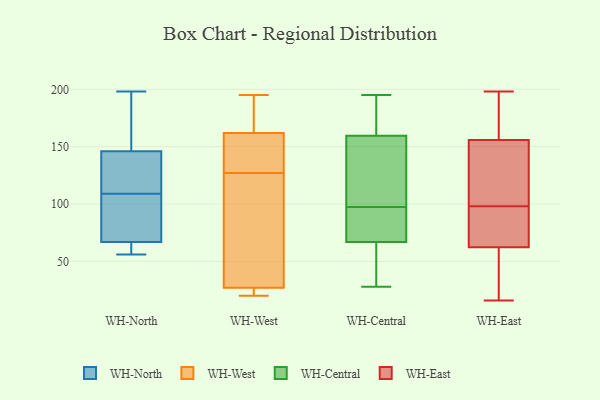
{"axis": {"x": "Latency (ms)", "y": "Value"}, "legend": ["WH-Central", "WH-East", "WH-North", "WH-West"], "data": [{"x": "", "y": 142, "type": "WH-North"}, {"x": "", "y": 167, "type": "WH-North"}, {"x": "", "y": 198, "type": "WH-North"}, {"x": "", "y": 156, "type": "WH-North"}, {"x": "", "y": 110, "type": "WH-North"}, {"x": "", "y": 139, "type": "WH-North"}, {"x": "", "y": 64, "type": "WH-North"}, {"x": "", "y": 73, "type": "WH-North"}, {"x": "", "y": 108, "type": "WH-North"}, {"x": "", "y": 57, "type": "WH-North"}, {"x": "", "y": 66, "type": "WH-North"}, {"x": "", "y": 56, "type": "WH-North"}, {"x": "", "y": 192, "type": "WH-North"}, {"x": "", "y": 146, "type": "WH-North"}, {"x": "", "y": 67, "type": "WH-North"}, {"x": "", "y": 117, "type": "WH-North"}, {"x": "", "y": 70, "type": "WH-North"}, {"x": "", "y": 87, "type": "WH-North"}, {"x": "", "y": 133, "type": "WH-West"}, {"x": "", "y": 21, "type": "WH-West"}, {"x": "", "y": 162, "type": "WH-West"}, {"x": "", "y": 189, "type": "WH-West"}, {"x": "", "y": 195, "type": "WH-West"}, {"x": "", "y": 173, "type": "WH-West"}, {"x": "", "y": 20, "type": "WH-West"}, {"x": "", "y": 121, "type": "WH-West"}, {"x": "", "y": 27, "type": "WH-West"}, {"x": "", "y": 53, "type": "WH-West"}, {"x": "", "y": 162, "type": "WH-West"}, {"x": "", "y": 155, "type": "WH-West"}, {"x": "", "y": 53, "type": "WH-West"}, {"x": "", "y": 21, "type": "WH-West"}, {"x": "", "y": 71, "type": "WH-Central"}, {"x": "", "y": 195, "type": "WH-Central"}, {"x": "", "y": 77, "type": "WH-Central"}, {"x": "", "y": 77, "type": "WH-Central"}, {"x": "", "y": 42, "type": "WH-Central"}, {"x": "", "y": 28, "type": "WH-Central"}, {"x": "", "y": 88, "type": "WH-Central"}, {"x": "", "y": 118, "type": "WH-Central"}, {"x": "", "y": 172, "type": "WH-Central"}, {"x": "", "y": 63, "type": "WH-Central"}, {"x": "", "y": 185, "type": "WH-Central"}, {"x": "", "y": 180, "type": "WH-Central"}, {"x": "", "y": 107, "type": "WH-Central"}, {"x": "", "y": 157, "type": "WH-Central"}, {"x": "", "y": 28, "type": "WH-Central"}, {"x": "", "y": 153, "type": "WH-Central"}, {"x": "", "y": 85, "type": "WH-Central"}, {"x": "", "y": 140, "type": "WH-Central"}, {"x": "", "y": 162, "type": "WH-Central"}, {"x": "", "y": 47, "type": "WH-Central"}, {"x": "", "y": 29, "type": "WH-East"}, {"x": "", "y": 98, "type": "WH-East"}, {"x": "", "y": 143, "type": "WH-East"}, {"x": "", "y": 198, "type": "WH-East"}, {"x": "", "y": 148, "type": "WH-East"}, {"x": "", "y": 151, "type": "WH-East"}, {"x": "", "y": 98, "type": "WH-East"}, {"x": "", "y": 186, "type": "WH-East"}, {"x": "", "y": 188, "type": "WH-East"}, {"x": "", "y": 57, "type": "WH-East"}, {"x": "", "y": 170, "type": "WH-East"}, {"x": "", "y": 34, "type": "WH-East"}, {"x": "", "y": 136, "type": "WH-East"}, {"x": "", "y": 16, "type": "WH-East"}, {"x": "", "y": 64, "type": "WH-East"}, {"x": "", "y": 67, "type": "WH-East"}, {"x": "", "y": 67, "type": "WH-East"}]}